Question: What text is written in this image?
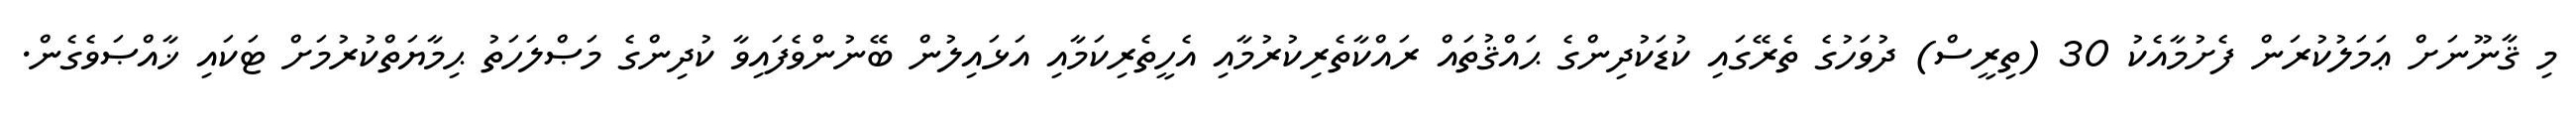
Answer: މި ޤާނޫނަށް ޢަމަލުކުރަން ފެށުމާއެކު 30 (ތިރީސް) ދުވަހުގެ ތެރޭގައި ކުޑަކުދިންގެ ޙައްޤުތައް ރައްކާތެރިކުރުމާއި އެހީތެރިކަމާއި އަޅައިލުން ބޭނުންވެފައިވާ ކުދިންގެ މަޞްލަހަތު ޙިމާޔަތްކުރުމަށް ޓަކައި ޚާއްޞަވެގެން.